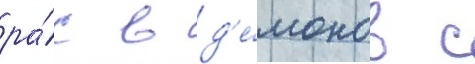
ра́с в д'е́монов с